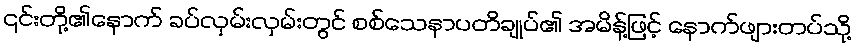
၎င်းတို့၏နောက် ခပ်လှမ်းလှမ်းတွင် စစ်သေနာပတိချုပ်၏ အမိန့်ဖြင့် နောက်ဖျားတပ်သို့